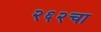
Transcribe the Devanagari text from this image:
२६२चा